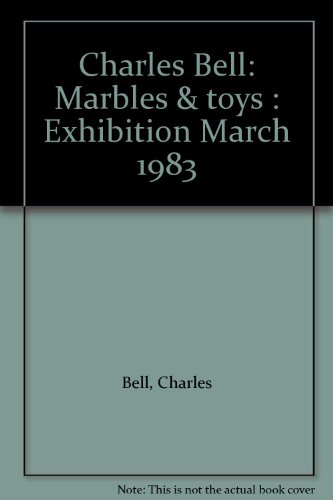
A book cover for Charles Bell: Marbles & toys : Exhibition March 1983; Charles Bell; Crafts, Hobbies & Home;